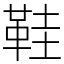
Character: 鞋